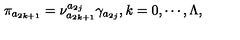
\pi _ { a _ { 2 k + 1 } } = \nu _ { a _ { 2 k + 1 } } ^ { a _ { 2 j } } \gamma _ { a _ { 2 j } } , k = 0 , \cdots , \Lambda ,